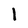
Character: l